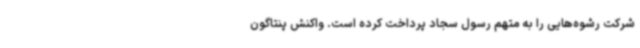
شرکت رشوه‌هایی را به متهم رسول سجاد پرداخت کرده است. واکنش پنتاگون